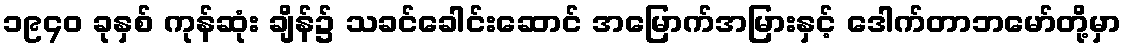
၁၉၄၀ ခုနှစ် ကုန်ဆုံး ချိန်၌ သခင်ခေါင်းဆောင် အမြောက်အမြားနှင့် ဒေါက်တာဘမော်တို့မှာ